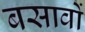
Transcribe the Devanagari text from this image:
बसावों